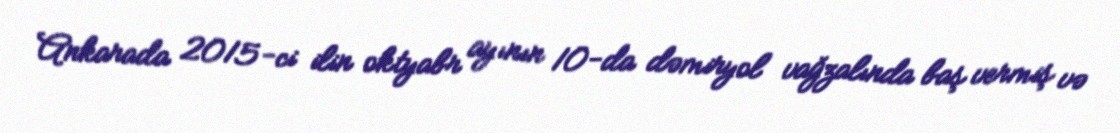
Ankarada 2015-ci ilin oktyabr ayının 10-da dəmiryol vağzalında baş vermiş və